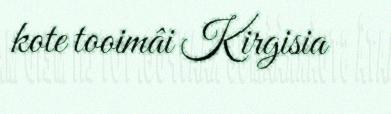
kote tooimâi Kirgisia